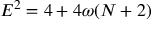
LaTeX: E ^ { 2 } = 4 + 4 \omega ( N + 2 )